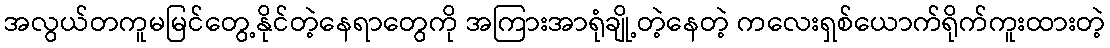
အလွယ်တကူမမြင်တွေ့နိုင်တဲ့နေရာတွေကို အကြားအာရုံချို့တဲ့နေတဲ့ ကလေးရှစ်ယောက်ရိုက်ကူးထားတဲ့